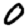
Digit: 0